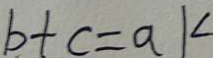
b + c = a K